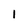
Character: 1